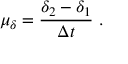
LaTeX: \mu _ { \delta } = { \frac { \delta _ { 2 } - \delta _ { 1 } } { \Delta t } } \ .